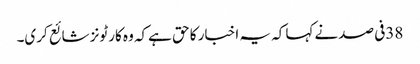
38فی صد نےکہا کہ یہ اخبار کا حق ہےکہ وہ کارٹونز شائع کری۔